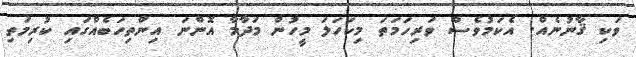
ވަކި ޤާނުނެއް. އެކަމުވެސް ވަރިހަމަތަ މިކަހަލަ މީހުން މަދާމާ އޮންނަ އިންތިހަބެއްގައި ކުރިމަތި